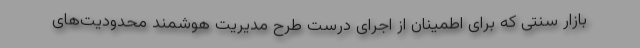
بازار سنتی که برای اطمینان از اجرای درست طرح مدیریت هوشمند محدودیت‌های